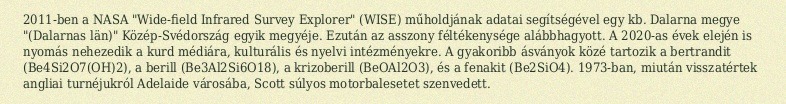
2011-ben a NASA "Wide-field Infrared Survey Explorer" (WISE) műholdjának adatai segítségével egy kb. Dalarna megye "(Dalarnas län)" Közép-Svédország egyik megyéje. Ezután az asszony féltékenysége alábbhagyott. A 2020-as évek elején is nyomás nehezedik a kurd médiára, kulturális és nyelvi intézményekre. A gyakoribb ásványok közé tartozik a bertrandit (Be4Si2O7(OH)2), a berill (Be3Al2Si6O18), a krizoberill (BeOAl2O3), és a fenakit (Be2SiO4). 1973-ban, miután visszatértek angliai turnéjukról Adelaide városába, Scott súlyos motorbalesetet szenvedett.